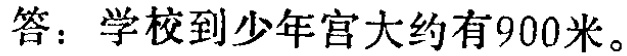
答：学校到少年宫大约有900米。